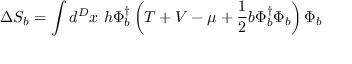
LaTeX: \Delta S _ { b } = \int d ^ { D } x ~ h \Phi _ { b } ^ { \dagger } \left( T + V - \mu + \frac { 1 } { 2 } b \Phi _ { b } ^ { \dagger } \Phi _ { b } \right) \Phi _ { b }